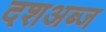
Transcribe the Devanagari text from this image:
दशअब्ज